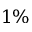
1 \%